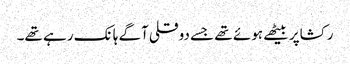
رکشاپر بیٹھے ہوئے تھے جسے دوقلی آگے ہانک رہے تھے۔